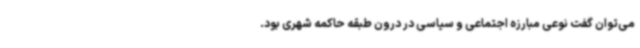
می‌توان گفت نوعی مبارزه اجتماعی و سیاسی در درون طبقه حاکمه شهری بود.